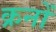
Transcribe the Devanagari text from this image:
क्रनों